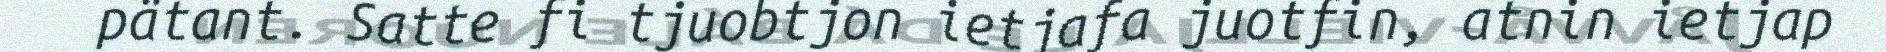
pätant. Satte fi tjuobtjon ietjafa juotfin, atnin ietjap